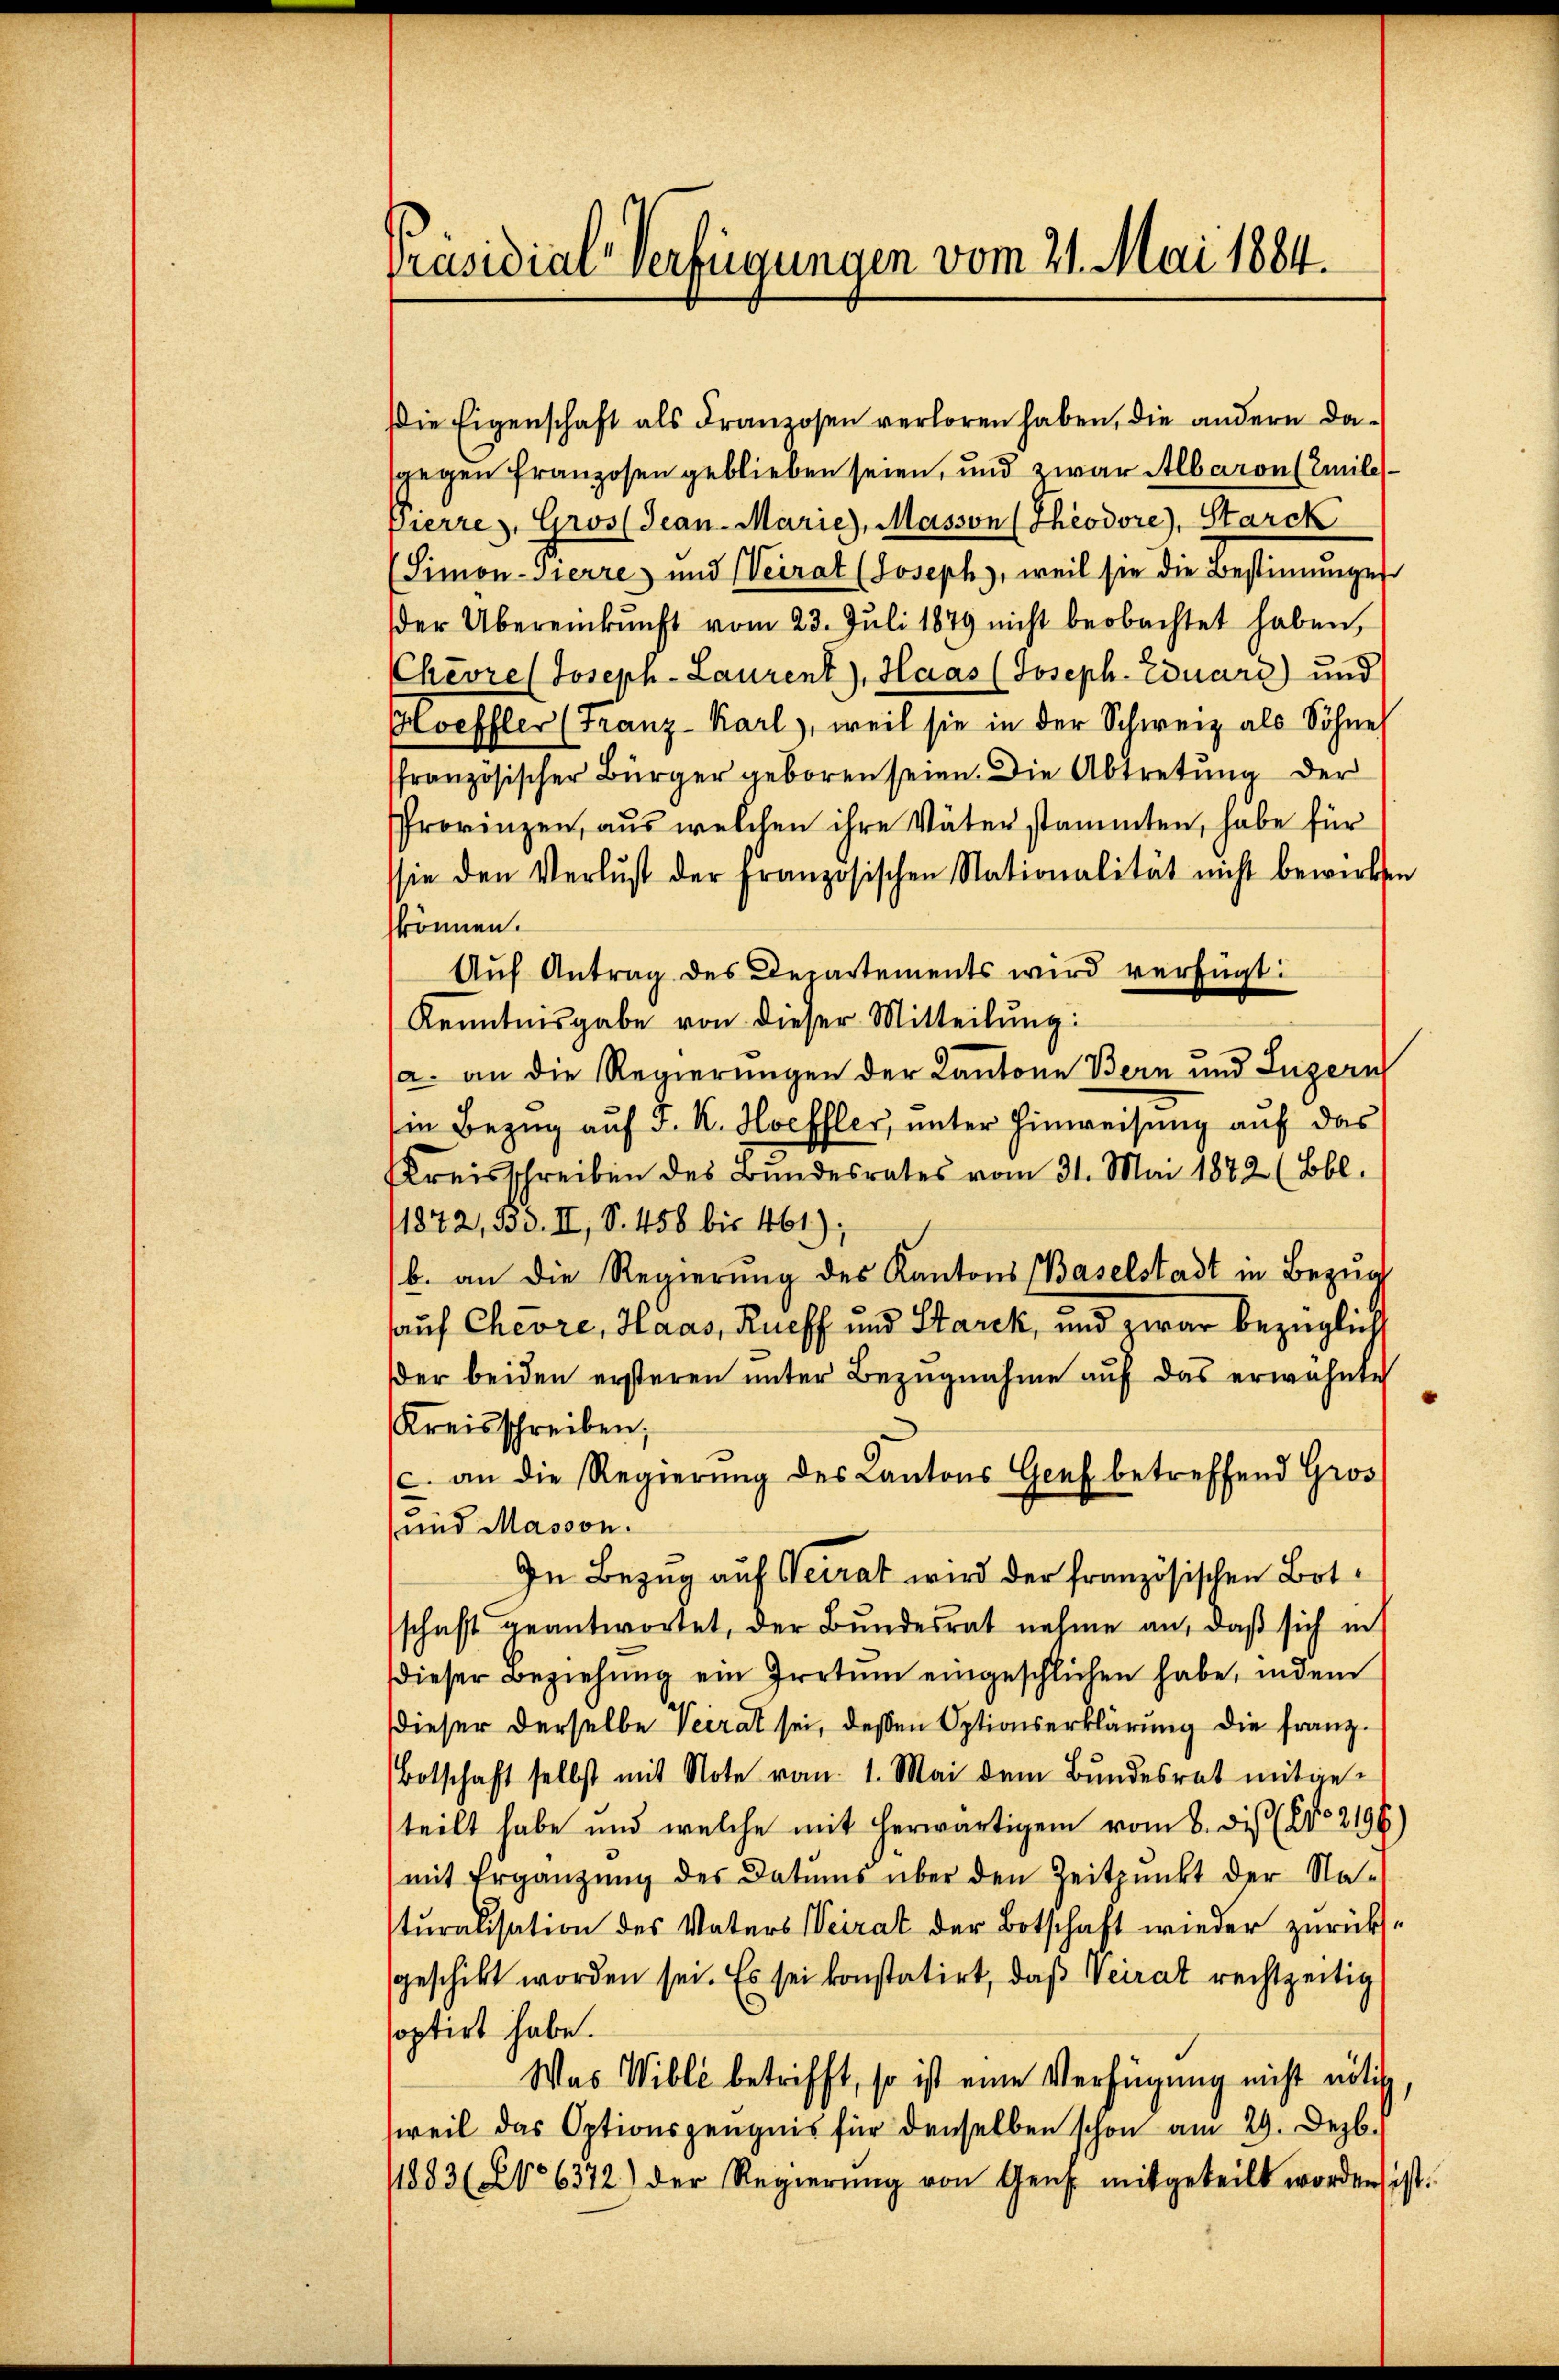
Präsidial-Verfügungen vom 21. Mai 1884.

Die Eigenschaft als Franzosen verloren haben, die andern dasgegen franzosen geblieben seien, und zwar Albaron (Emiles
fierre), Gros (Jean-Marie, Masson (Theodore), Starck
Simon-Pierre und Weirat (Joseph, weil sie die Bestimunges
er Übereinkunft vom 23. Juli 1879 nicht beobachtet haben,
Chevres Joseph-Laurent), Haas (Joseph-Eduars) und
Hoeffler (Franz Karl, weil sie in der Schweiz als Söhne
ffranzösischer Bürger geboren seien. Die Abtretung der
Provinzen, aus welchen ihre Väterstammten, habe für
sie den Verlust der französischen Nationalität nicht bewirken
können.
Auf Antrag des Departements wird verfügt:
Kenntnisgabe von dieser Mitteilung:
a. an die Regierungen der Kantone Bern und Luzern
in Bezug auf J. K. Hochsler, unter Hinweisung auf das
Kreisschreiben des Bundesrates vom 31. Mai 1872 (Bbl.
1822, Bd. II, S. 458 bis 461);
b. an die Regierŭng des Kantons Baselstadt in Bezŭg
sauf Chevre, Haas, Rueff und Starck, und zwar bezüglich
der beiden ersteren unter Bezugnahme auf das erwähnte
Kreisschreiben,
c. an die Regierŭng des Kantons Genf betreffend Gros
und Masson.
In Bezug auf Veirat wird der französischen Botschaft geantwortet, der Bundesrat nehme an, daß sich in
dieser Beziehŭng ein Irrtŭm eingeschlichen habe, indem
dieser derselbe Veirat sei, deßen Optionserklärung die franz¬
Botschaft selbst mit Note vom 1. Mai dem Bundesrat mitgesteilt habe und welche mit herwärtigem vom 6. dis (25. 2196)
mit Ergänzŭng des Datums über den Zeitpunkt der Na-
turalisation des Vaters Weirat der Botschaft wieder zurücksgeschikt worden sei. Es sei konstatirt, daß Veirat rechtzeitig
soptirt habe.
Was Wille betrifft, so ist eine Verfügung nicht nötig
weil das Optionszeugnis für denselben schon am 29. Dezb.
11883 (No 6372) der Regierŭng von Genf mitgeteilt worden ist.